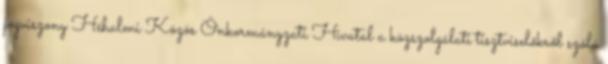
jogviszony Héhalmi Közös Önkormányzati Hivatal a közszolgálati tisztviselőkről szóló